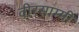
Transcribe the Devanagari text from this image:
वीरसाम्मी